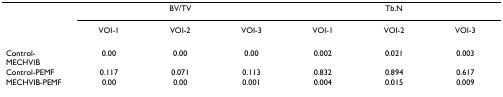
|  | <COLSPAN=3> BV/TV | <COLSPAN=3> Tb.N |
 |  | VOI-1 | VOI-2 | VOI-3 | VOI-1 | VOI-2 | VOI-3 |
 | --- | --- | --- | --- | --- | --- | --- |
 | Control-MECHVIB | 0.00 | 0.00 | 0.00 | 0.002 | 0.021 | 0.003 |
 | Control-PEMF | 0.117 | 0.071 | 0.113 | 0.832 | 0.894 | 0.617 |
 | MECHVIB-PEMF | 0.00 | 0.00 | 0.001 | 0.004 | 0.015 | 0.009 |